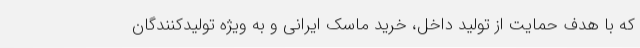
که با هدف حمایت از تولید داخل، خرید ماسک ایرانی و به ویژه تولیدکنندگان